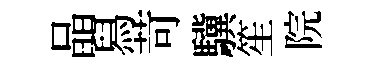
晶舄苛驥笙院